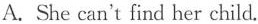
A.She can't find her child.